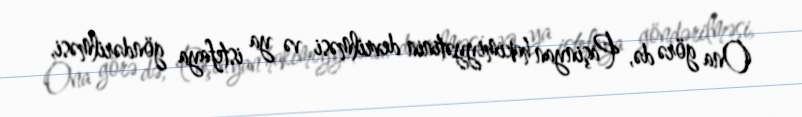
Ona görə də, Paşinyan hakimiyyətinin devrilməsi və ya istefaya göndərilməsi,